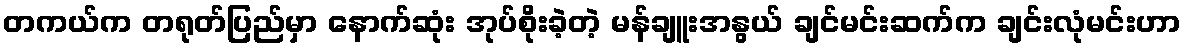
တကယ်က တရုတ်ပြည်မှာ နောက်ဆုံး အုပ်စိုးခဲ့တဲ့ မန်ချူးအနွယ် ချင်မင်းဆက်က ချင်းလုံမင်းဟာ